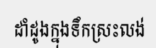
ដាំដូងក្នុងទឹកស្រះលង់